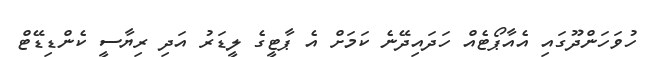
ހުވަހަންދޫގައި އެއާޕޯޓެއް ހަދައިދޭނެ ކަމަށް އެ ޕާޓީގެ ލީޑަރު އަދި ރިޔާސީ ކެންޑިޑޭޓް